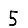
Digit: 5